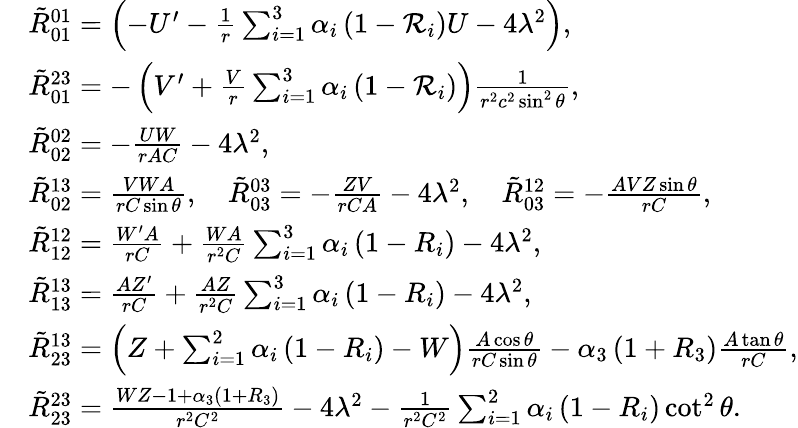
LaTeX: \begin{array}{rl}&{\tilde{R}_{01}^{01}=\left(-U^{\prime}-\frac{1}{r}\sum_{i=1}^{3}\alpha_{i}\left(1-\mathcal{R}_{i}\right)U-4\lambda^{2}\right),}\\ &{\tilde{R}_{01}^{23}=-\left(V^{\prime}+\frac{V}{r}\sum_{i=1}^{3}\alpha_{i}\left(1-\mathcal{R}_{i}\right)\right)\frac{1}{r^{2}c^{2}\sin^{2}\theta},}\\ &{\tilde{R}_{02}^{02}=-\frac{UW}{rAC}-4\lambda^{2},}\\ &{\tilde{R}_{02}^{13}=\frac{VWA}{rC\sin\theta},\quad\tilde{R}_{03}^{03}=-\frac{ZV}{rCA}-4\lambda^{2},\quad\tilde{R}_{03}^{12}=-\frac{AVZ\sin\theta}{rC},}\\ &{\tilde{R}_{12}^{12}=\frac{W^{\prime}A}{rC}+\frac{WA}{r^{2}C}\sum_{i=1}^{3}\alpha_{i}\left(1-R_{i}\right)-4\lambda^{2},}\\ &{\tilde{R}_{13}^{13}=\frac{AZ^{\prime}}{rC}+\frac{AZ}{r^{2}C}\sum_{i=1}^{3}\alpha_{i}\left(1-R_{i}\right)-4\lambda^{2},}\\ &{\tilde{R}_{23}^{13}=\left(Z+\sum_{i=1}^{2}\alpha_{i}\left(1-R_{i}\right)-W\right)\frac{A\cos\theta}{rC\sin\theta}-\alpha_{3}\left(1+R_{3}\right)\frac{A\tan\theta}{rC},}\\ &{\tilde{R}_{23}^{23}=\frac{WZ-1+\alpha_{3}\left(1+R_{3}\right)}{r^{2}C^{2}}-4\lambda^{2}-\frac{1}{r^{2}C^{2}}\sum_{i=1}^{2}\alpha_{i}\left(1-R_{i}\right)\cot^{2}\theta.}\end{array}